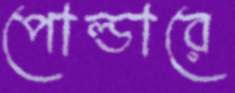
পোল্ডারে